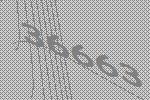
36663